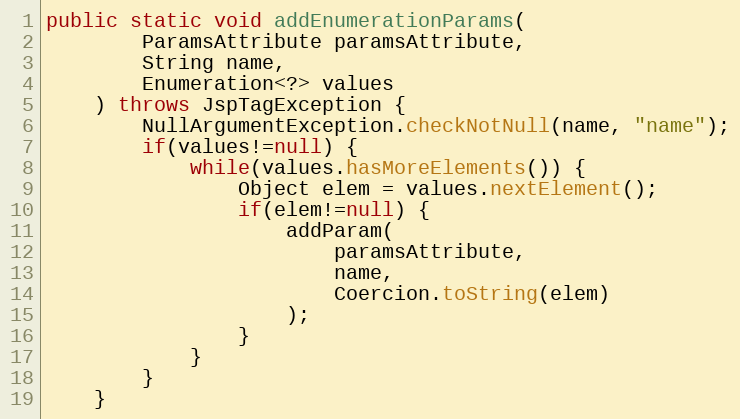
Language: Java
public static void addEnumerationParams(
		ParamsAttribute paramsAttribute,
		String name,
		Enumeration<?> values
	) throws JspTagException {
		NullArgumentException.checkNotNull(name, "name");
		if(values!=null) {
			while(values.hasMoreElements()) {
				Object elem = values.nextElement();
				if(elem!=null) {
					addParam(
						paramsAttribute,
						name,
						Coercion.toString(elem)
					);
				}
			}
		}
	}